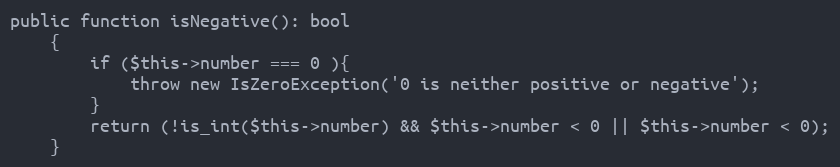
Language: PHP
public function isNegative(): bool
    {
        if ($this->number === 0 ){
            throw new IsZeroException('0 is neither positive or negative');
        }
        return (!is_int($this->number) && $this->number < 0 || $this->number < 0);
    }